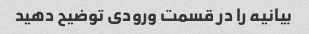
بیانیه را در قسمت ورودی توضیح دهید